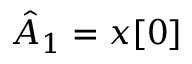
{ \hat { A } } _ { 1 } = x [ 0 ]